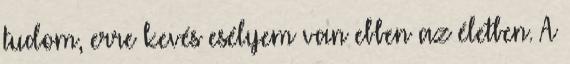
tudom, erre kevés esélyem van ebben az életben. A